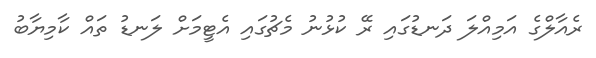
ރެއާލްގެ އަމިއްލަ ދަނޑުގައި ރޭ ކުޅުނު މެޗުގައި އެޓީމަށް ލަނޑު ތައް ކާމިޔާބު